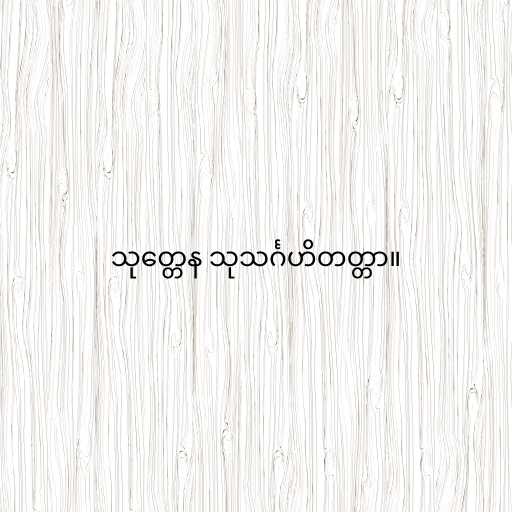
သုတ္တေန သုသင်္ဂဟိတတ္တာ။